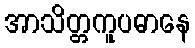
အာသိတ္တကူပဓာနေ